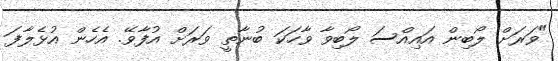
"ވަރަށް ލޯބިން އައިއްސަ ލޯބިވާ ވާހަކަ ބުނާތީ ވަރަށް އުފާވޭ. އެހެން އުޅެލާފަ